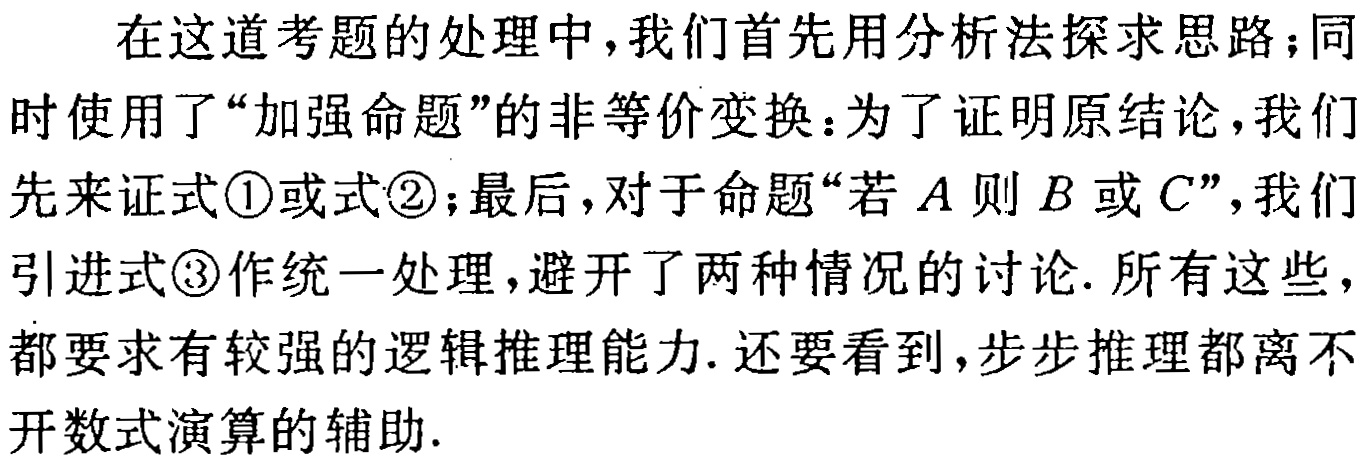
在这道考题的处理中，我们首先用分析法探求思路；同时使用了“加强命题”的非等价变换：为了证明原结论，我们先来证式\textcircled{1}或式\textcircled{2}；最后，对于命题“若\(A\)则\(B\)或\(C\)”，我们引进式\textcircled{3}作统一处理，避开了两种情况的讨论. 所有这些，都要求有较强的逻辑推理能力. 还要看到，步步推理都离不开数式演算的辅助.